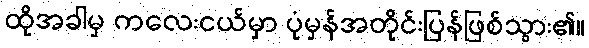
ထိုအခါမှ ကလေးငယ်မှာ ပုံမှန်အတိုင်းပြန်ဖြစ်သွား၏။